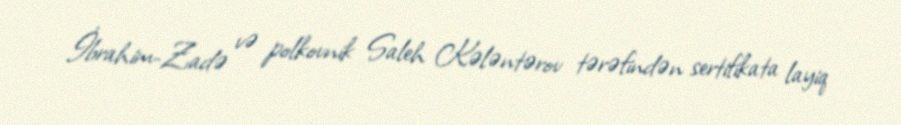
İbrahim-Zadə və polkovnik Saleh Kələntərov tərəfindən sertifikata layiq